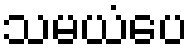
သမယံပေ